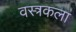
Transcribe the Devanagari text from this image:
वस्त्रकला